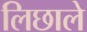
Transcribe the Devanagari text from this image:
लिछाले